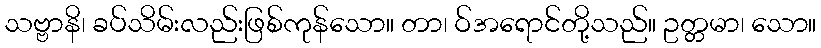
သဗ္ဗာနိ၊ ခပ်သိမ်းလည်းဖြစ်ကုန်သော။ တာ၊ ဝ်အရောင်တို့သည်။ ဥတ္တမာ၊ သော။